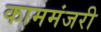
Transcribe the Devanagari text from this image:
काममंजरी